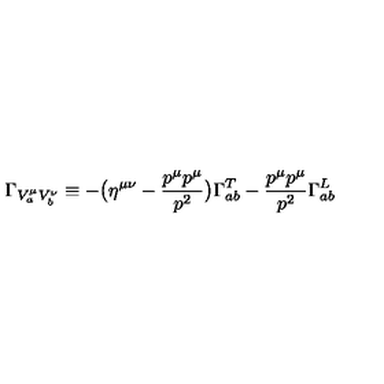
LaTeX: \Gamma _ { V _ { a } ^ { \mu } V _ { b } ^ { \nu } } \equiv - \bigl ( \eta ^ { \mu \nu } - { \frac { p ^ { \mu } p ^ { \mu } } { p ^ { 2 } } } \bigr ) \Gamma _ { a b } ^ { T } - { \frac { p ^ { \mu } p ^ { \mu } } { p ^ { 2 } } } \Gamma _ { a b } ^ { L }